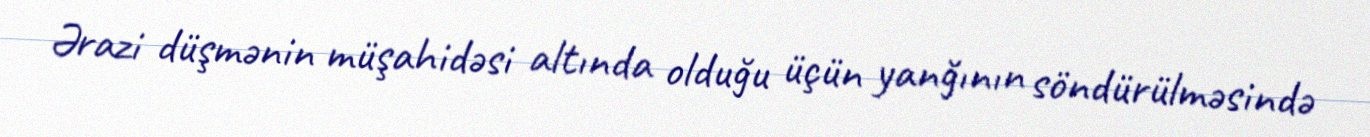
Ərazi düşmənin müşahidəsi altında olduğu üçün yanğının söndürülməsində